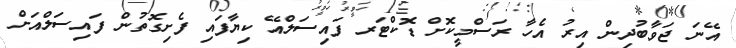
އޭނަ ޖަވާބުދިން އިރު އެހާ ރަސްމީކޮށް ޑޮކްޓަރ ފައިސަލްއޭ ކިޔާފައި ފެށިގޮތުން ފައިސަލްއަށް